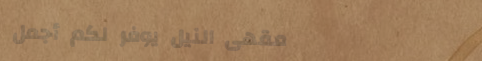
مقهى النيل يوفر لكم أجمل